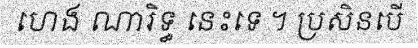
ហេង ណារិទ្ធ នេះទេ ។ ប្រសិនបើ